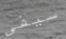
سيفى